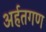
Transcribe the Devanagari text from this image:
अर्हतगण